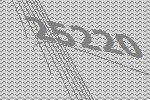
25220